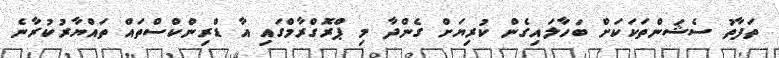
ތަފާތު ސެޝަންތަކަކަށް ބަހާލައިގެން ކުރިޔަށް ގެންދާ މި ޕްރޮގްރާމްގައި އާ ޑްރިންކްސްތައް ތައްޔާރުކުރާނެ